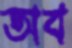
অব